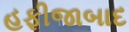
હફીજાબાદ